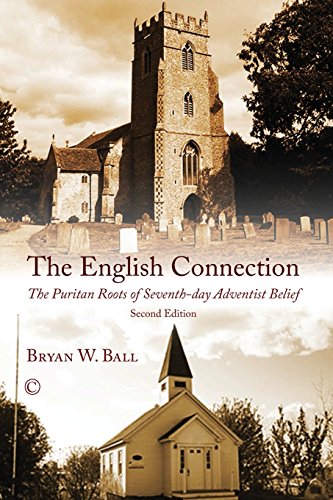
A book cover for The English Connection: The Puritan Roots of Seventh-Day Adventist Belief (2nd Edition); Bryan W. Ball; Christian Books & Bibles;